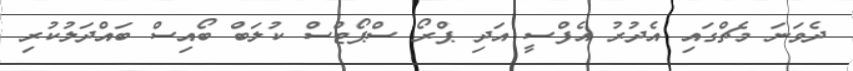
ދެވަނަ މެޗްގައި އެދުރު އެފްސީ އަދި ޕްރޯ ސްޕޯޓްސް ކުލަބް ބޯއިސް ބައްދަލުކުރި